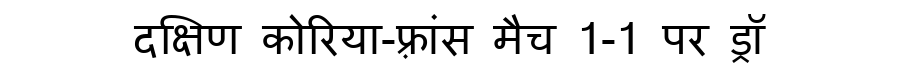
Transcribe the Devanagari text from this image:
दक्षिण कोरिया-फ़्रांस मैच 1-1 पर ड्रॉ